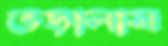
ভেড়ালাম